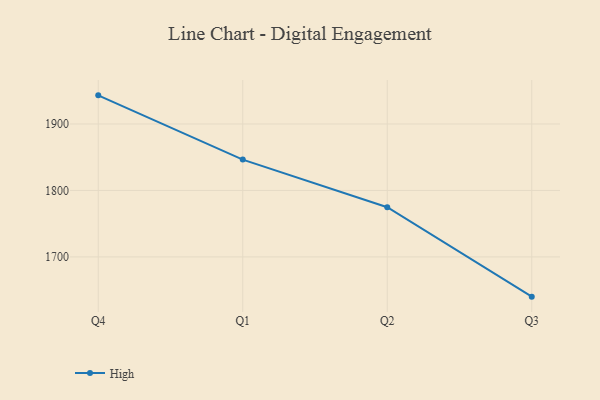
{"axis": {"x": "Quarter", "y": "Revenue (USD Million)"}, "legend": ["High"], "data": [{"x": "Q4", "y": 1943.1, "type": "High"}, {"x": "Q1", "y": 1846.4, "type": "High"}, {"x": "Q2", "y": 1774.8, "type": "High"}, {"x": "Q3", "y": 1640.2, "type": "High"}]}